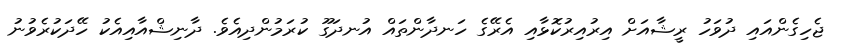
ޖެހިގެންއައި ދުވަހު ރީޝާއަށް އިރުއިރުކޮޅާއި އެރޭގެ ހަނދާންތައް އުނދަގޫ ކުރަމުންދިއެވެ. ދާނިޝްއާއިއެކު ހޭދަކުރެވުނު